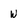
Character: w